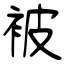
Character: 被